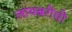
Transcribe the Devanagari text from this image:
लायब्ररीची